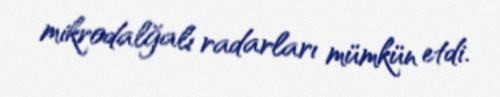
mikrodalğalı radarları mümkün etdi.